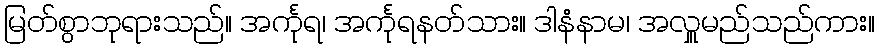
မြတ်စွာဘုရားသည်။ အင်္ကုရ၊ အင်္ကုရနတ်သား။ ဒါနံနာမ၊ အလှူမည်သည်ကား။